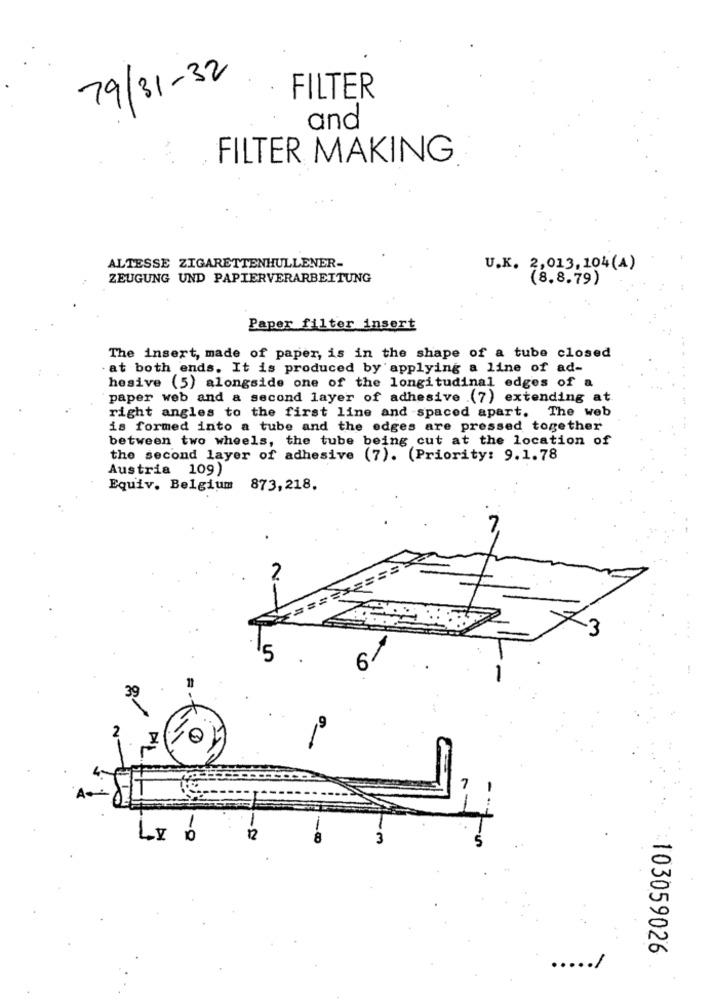
79/31-32
FILTER
and
FILTER MAKING
ALTESSE ZIGARETTENHULLENER-
U.K. 2,013, 104 (A)
ZEUGUNG UND PAPIERVERARBEITUNG
(8.8.79)
Paper filter insert
The insert, made of paper, is in the shape of a tube closed
at both ends. It is produced by applying a line of ad-
hesive (5) alongside one of the longitudinal edges of a
paper web and a second layer of adhesive .(7) extending at
right angles to the first line and spaced apart. The web
is formed into a tube and the edges are pressed together
between two wheels, the tube being cut at the location of
the second layer of adhesive (7). (Priority: 9.1.78
Austria 109)
Equiv. Belgium 873,218.
2
Now
5
Lx 0
m
103059026